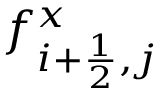
f _ { i + \frac { 1 } { 2 } , j } ^ { x }